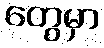
တွေမှာ